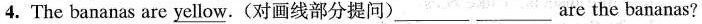
4. The bananas are \underline{yellow}. (对画线部分提问) ___ ___ are the bananas?